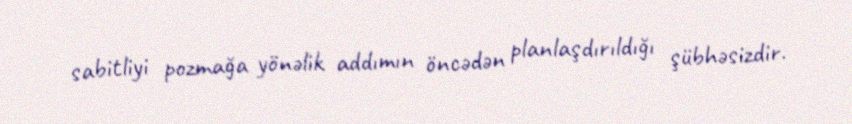
sabitliyi pozmağa yönəlik addımın öncədən planlaşdırıldığı şübhəsizdir.